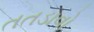
તતડાવો